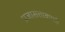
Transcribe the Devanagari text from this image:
प्रजासत्ताकाशी